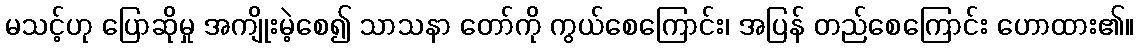
မသင့်ဟု ပြောဆိုမှု အကျိုးမဲ့စေ၍ သာသနာ တော်ကို ကွယ်စေကြောင်း၊ အပြန် တည်စေကြောင်း ဟောထား၏။